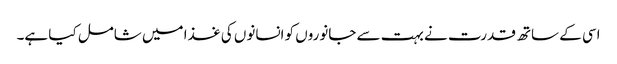
اسی کے ساتھ قدرت نے بہت سے جانوروں کو انسانوں کی غذا میں شامل کیا ہے۔